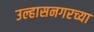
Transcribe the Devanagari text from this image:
उल्हासनगरच्या